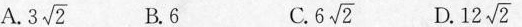
A.3\sqrt{2} B.6 C6\sqrt{2} D.12\sqrt{2}